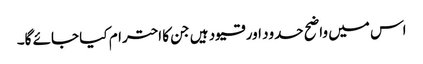
اس میں واضح حدود اور قیود ہیں جن کا احترام کیا جائے گا۔